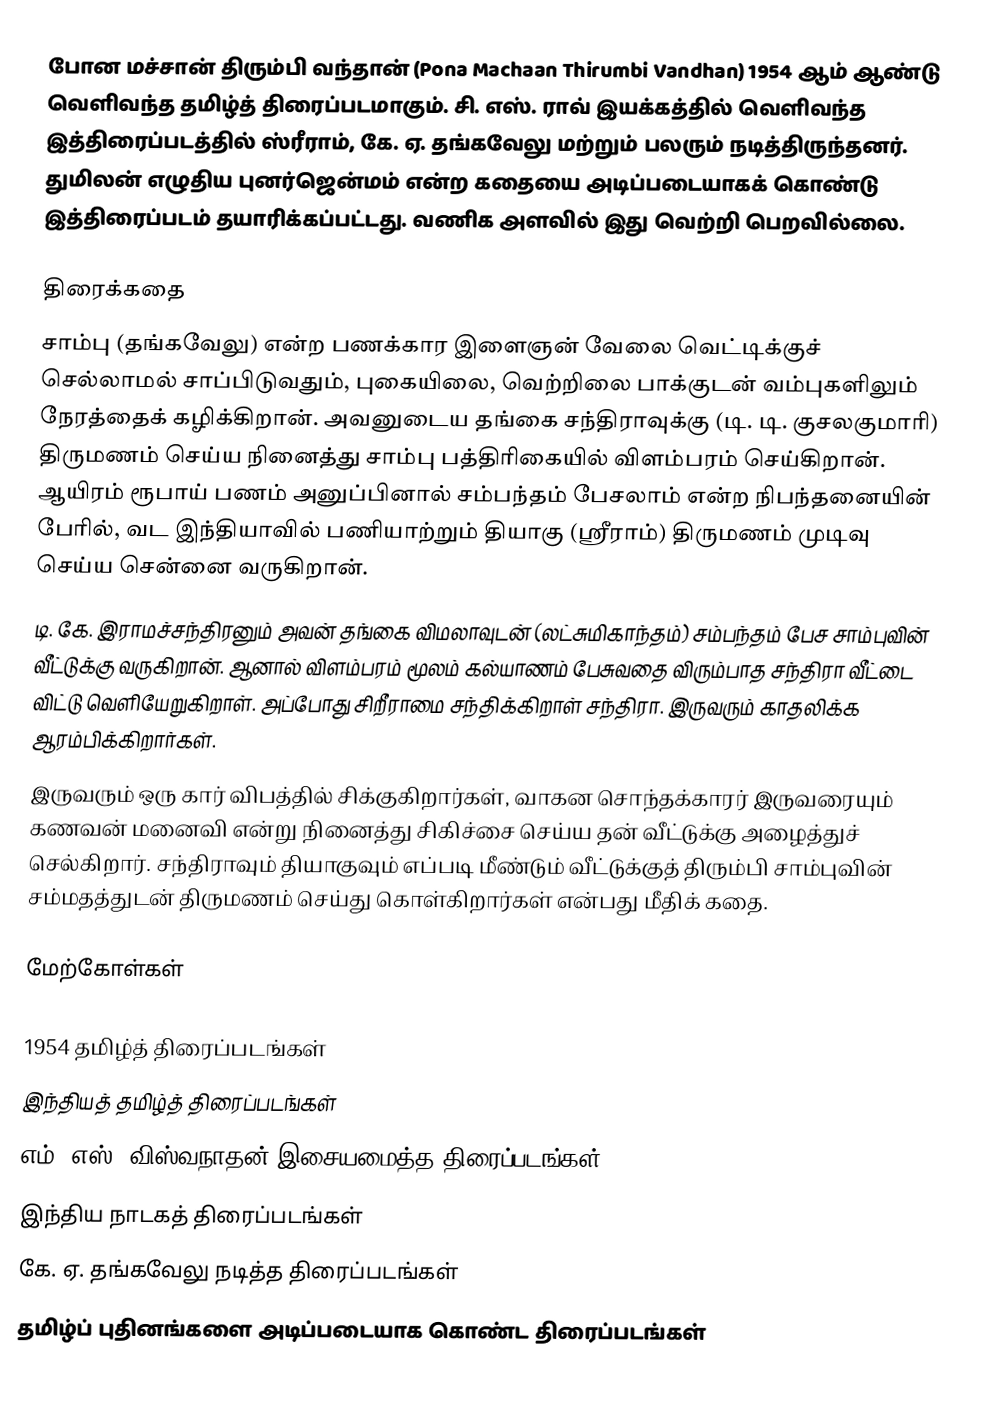
போன மச்சான் திரும்பி வந்தான் (Pona Machaan Thirumbi Vandhan) 1954 ஆம் ஆண்டு வெளிவந்த தமிழ்த் திரைப்படமாகும். சி. எஸ். ராவ் இயக்கத்தில் வெளிவந்த இத்திரைப்படத்தில் ஸ்ரீராம், கே. ஏ. தங்கவேலு மற்றும் பலரும் நடித்திருந்தனர். துமிலன் எழுதிய புனர்ஜென்மம் என்ற கதையை அடிப்படையாகக் கொண்டு இத்திரைப்படம் தயாரிக்கப்பட்டது. வணிக அளவில் இது வெற்றி பெறவில்லை.

திரைக்கதை
சாம்பு (தங்கவேலு) என்ற  பணக்கார இளைஞன் வேலை வெட்டிக்குச் செல்லாமல் சாப்பிடுவதும், புகையிலை, வெற்றிலை பாக்குடன் வம்புகளிலும் நேரத்தைக் கழிக்கிறான். அவனுடைய தங்கை சந்திராவுக்கு (டி. டி. குசலகுமாரி) திருமணம் செய்ய நினைத்து சாம்பு பத்திரிகையில் விளம்பரம் செய்கிறான். ஆயிரம் ரூபாய் பணம் அனுப்பினால் சம்பந்தம் பேசலாம் என்ற நிபந்தனையின் பேரில், வட இந்தியாவில் பணியாற்றும் தியாகு (ஸ்ரீராம்) திருமணம் முடிவு செய்ய சென்னை வருகிறான்.
டி. கே. இராமச்சந்திரனும் அவன் தங்கை விமலாவுடன் (லட்சுமிகாந்தம்) சம்பந்தம் பேச சாம்புவின் வீட்டுக்கு வருகிறான். ஆனால் விளம்பரம் மூலம் கல்யாணம் பேசுவதை விரும்பாத சந்திரா வீட்டை விட்டு வெளியேறுகிறாள். அப்போது சிறீராமை சந்திக்கிறாள் சந்திரா. இருவரும் காதலிக்க ஆரம்பிக்கிறார்கள்.
இருவரும் ஒரு கார் விபத்தில் சிக்குகிறார்கள், வாகன சொந்தக்காரர் இருவரையும் கணவன் மனைவி என்று நினைத்து சிகிச்சை செய்ய தன் வீட்டுக்கு அழைத்துச் செல்கிறார். சந்திராவும் தியாகுவும் எப்படி மீண்டும் வீட்டுக்குத் திரும்பி சாம்புவின் சம்மதத்துடன் திருமணம் செய்து கொள்கிறார்கள் என்பது மீதிக் கதை.

மேற்கோள்கள்

1954 தமிழ்த் திரைப்படங்கள்
இந்தியத் தமிழ்த் திரைப்படங்கள்
எம். எஸ். விஸ்வநாதன் இசையமைத்த திரைப்படங்கள்
இந்திய நாடகத் திரைப்படங்கள்
கே. ஏ. தங்கவேலு நடித்த திரைப்படங்கள்
தமிழ்ப் புதினங்களை அடிப்படையாக கொண்ட திரைப்படங்கள்